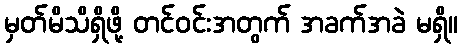
မှတ်မိသိရှိဖို့ တင်ဝင်းအတွက် အခက်အခဲ မရှိ။